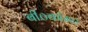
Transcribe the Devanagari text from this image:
बी०कॉम०